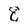
Character: 8